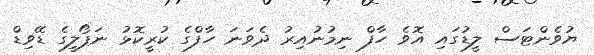
ޔުވެންޓަސް ލީޑުގައި އޮވެ ހާފް ނިމުނުއިރު ދެވަނަ ހާފްގެ ކުރީކޮޅު ނަޕޯލީގެ ޑޭވިޑް